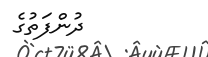
ދުންފަތުގެ